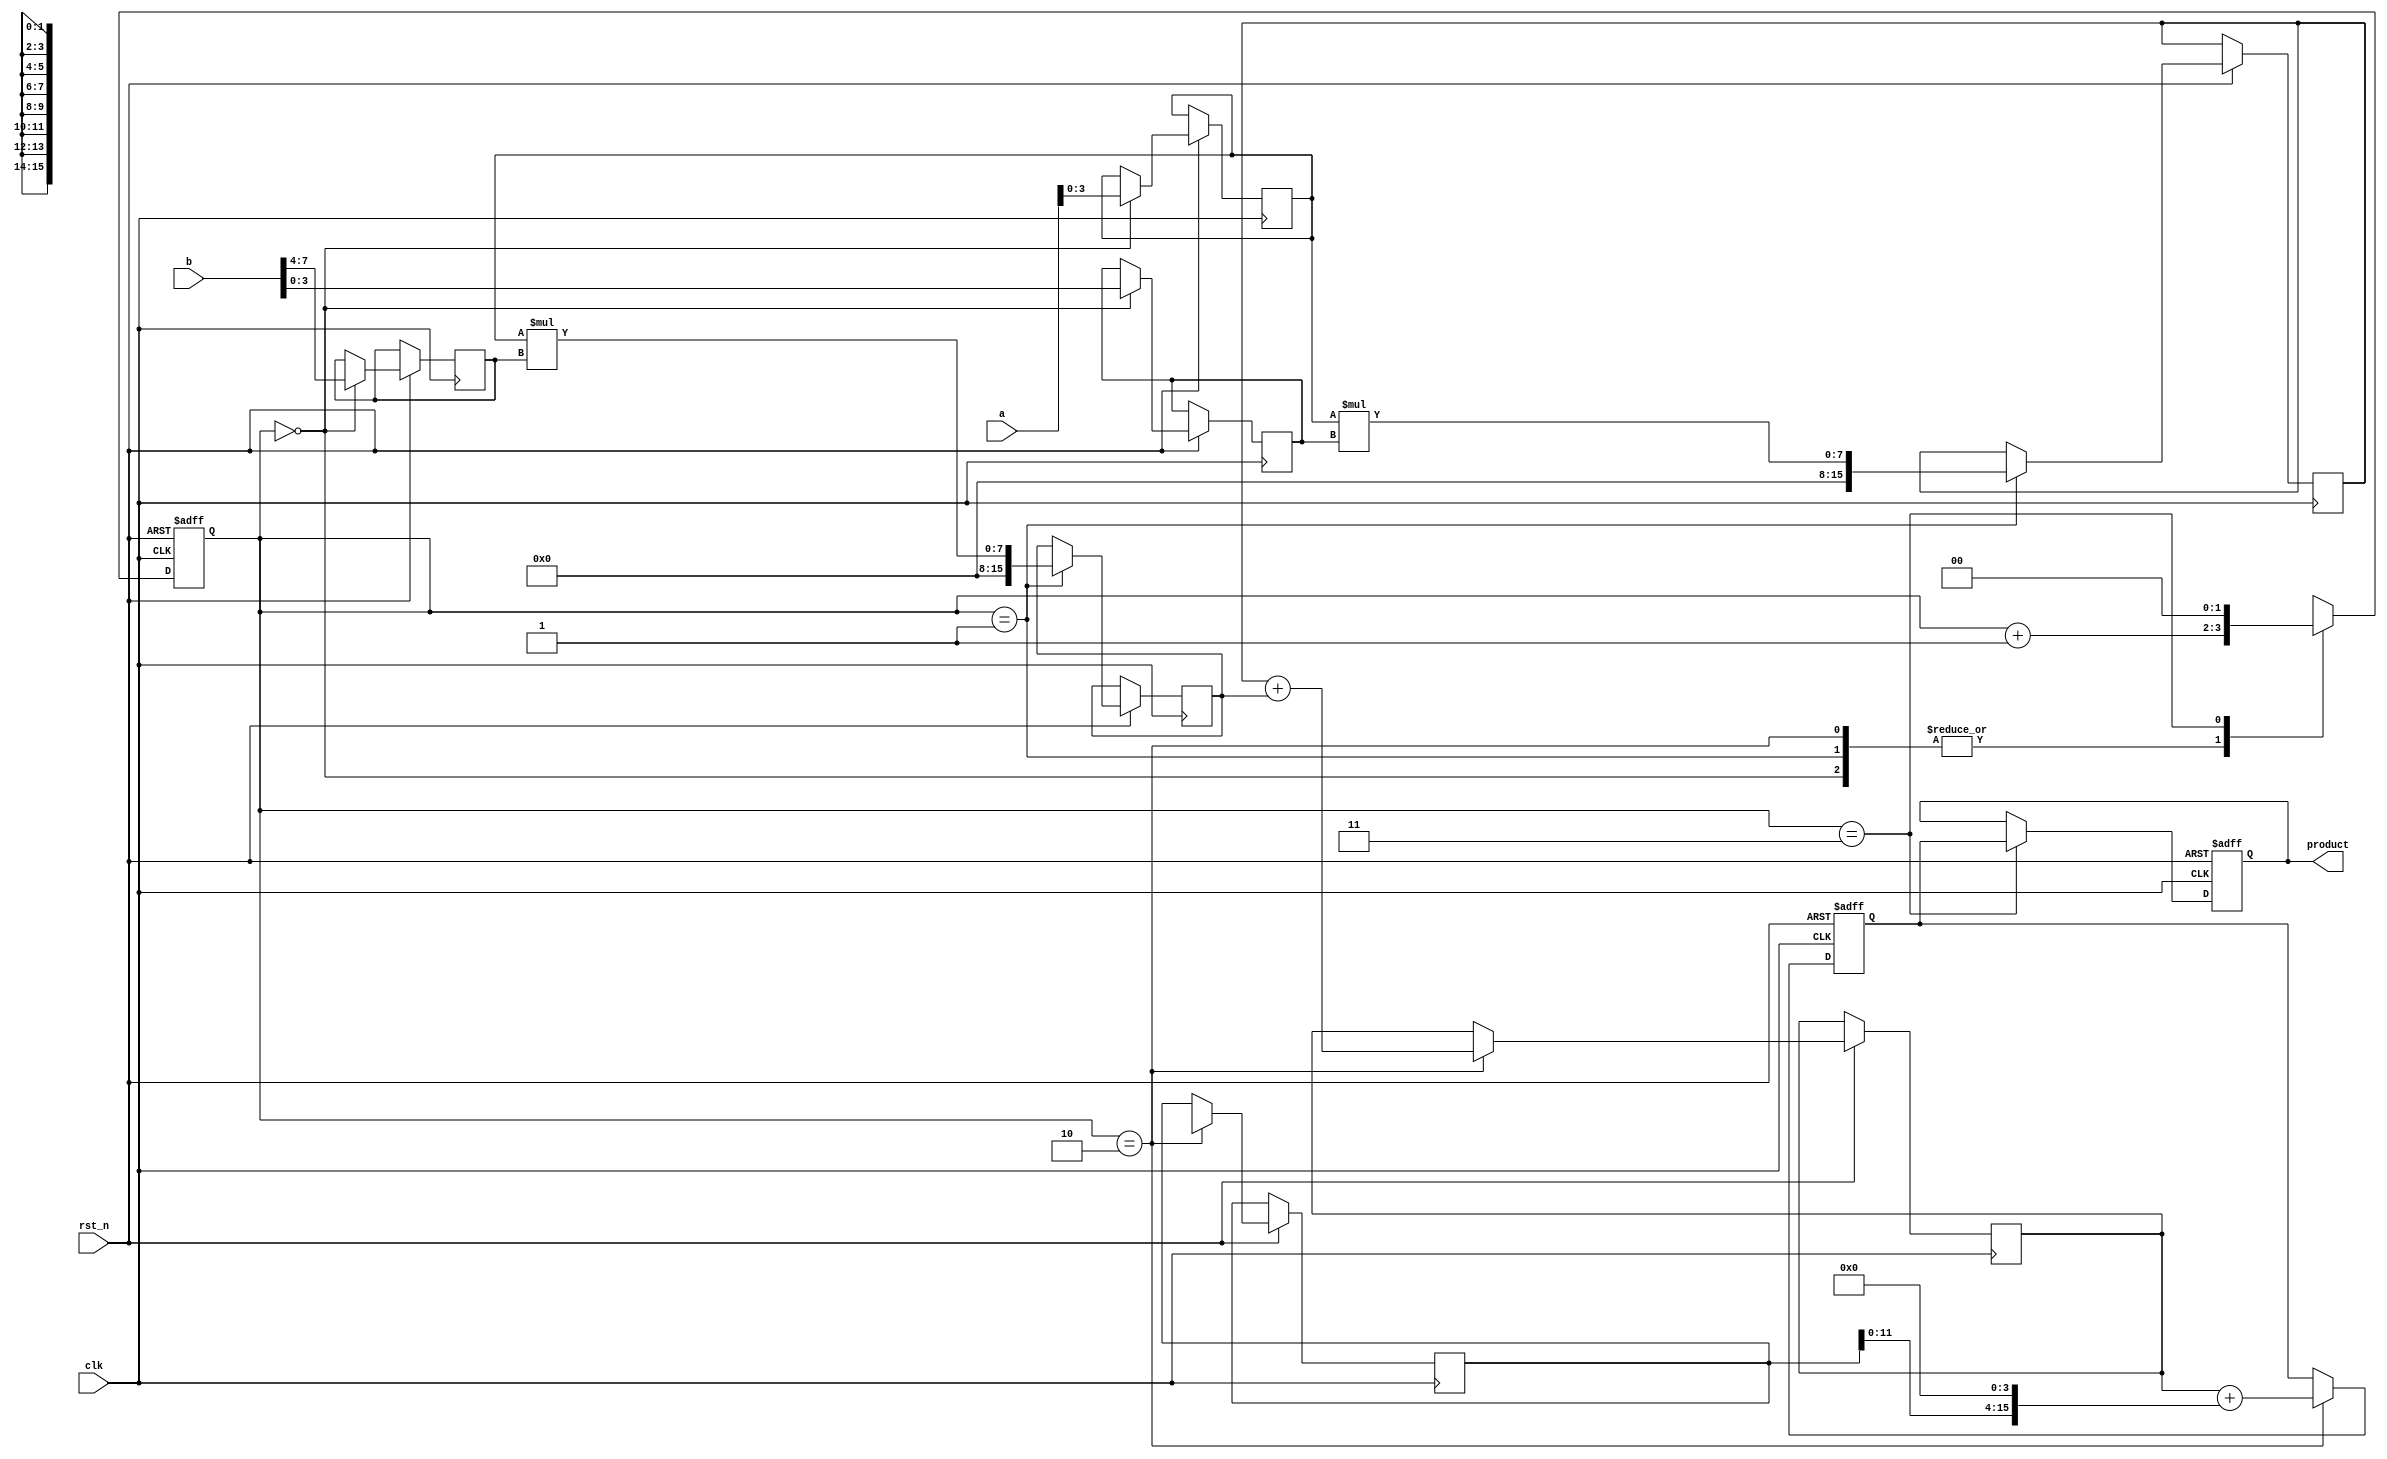
module pipelined_sliced_multiplier (
    input clk,
    input rst_n,
    input [7:0] a, // First operand
    input [7:0] b, // Second operand
    output reg [15:0] product // Output product
);

    // Parameters for the slicing
    parameter SLICE_WIDTH = 4; // Width of each slice
    parameter NUM_SLICES = 2;   // Number of slices (for 8-bit inputs)

    // Intermediate signals
    reg [SLICE_WIDTH-1:0] a_slice [0:NUM_SLICES-1];
    reg [SLICE_WIDTH-1:0] b_slice [0:NUM_SLICES-1];
    reg [15:0] partial_products [0:NUM_SLICES-1];
    reg [15:0] add_stage [0:NUM_SLICES]; // For accumulating partial products
    reg [15:0] accumulated; // Final accumulated result

    // Control signals
    reg [1:0] stage; // Pipeline stage indicator

    // Generate slices and partial products
    always @(posedge clk or negedge rst_n) begin
        if (!rst_n) begin
            // Reset logic
            stage <= 0;
            product <= 0;
            accumulated <= 0;
        end else begin
            case (stage)
                2'b00: begin
                    // Slice inputs
                    a_slice[0] <= a[3:0];
                    a_slice[1] <= a[7:4];
                    b_slice[0] <= b[3:0];
                    b_slice[1] <= b[7:4];
                    stage <= stage + 1;
                end
                2'b01: begin
                    // Generate partial products
                    partial_products[0] <= a_slice[0] * b_slice[0];
                    partial_products[1] <= a_slice[0] * b_slice[1];
                    partial_products[2] <= a_slice[1] * b_slice[0];
                    partial_products[3] <= a_slice[1] * b_slice[1];
                    stage <= stage + 1;
                end
                2'b10: begin
                    // Accumulate partial products
                    add_stage[0] <= partial_products[0] + partial_products[1];
                    add_stage[1] <= partial_products[2] + partial_products[3];
                    accumulated <= add_stage[0] + (add_stage[1] << 4); // Shift for alignment
                    stage <= stage + 1;
                end
                2'b11: begin
                    // Output the final product
                    product <= accumulated;
                    stage <= 0; // Reset stage for next operation
                end
            endcase
        end
    end

endmodule